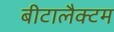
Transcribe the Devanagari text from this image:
बीटालैक्टम